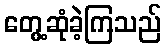
တွေ့ဆုံခဲ့ကြသည်